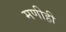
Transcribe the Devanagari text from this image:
मणीही